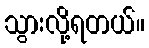
သွားလို့ရတယ်။